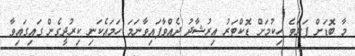
މާ ބޮޑަށް ފަލަވެ ހިކުމަށް ޑޮކްޓަރު އިރުޝާދު ދެއްވާފައިވާނަމަ ހަމައެކަނި ކިރުދީގެން ގައިގައިވާ